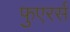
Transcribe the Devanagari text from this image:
फुएरर्स